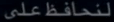
لتحافظعلى